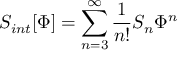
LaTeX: S _ { i n t } [ \Phi ] = \sum _ { n = 3 } ^ { \infty } { \frac { 1 } { n ! } } S _ { n } \Phi ^ { n }